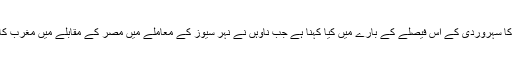
احمد: آپ کا سہروردی کے اس فیصلے کے بارے میں کیا کہنا ہے جب ناوہں نے نہر سیوز کے معاملے میں مصر کے مقابلے میں مغرب کا ساتھ دیا؟